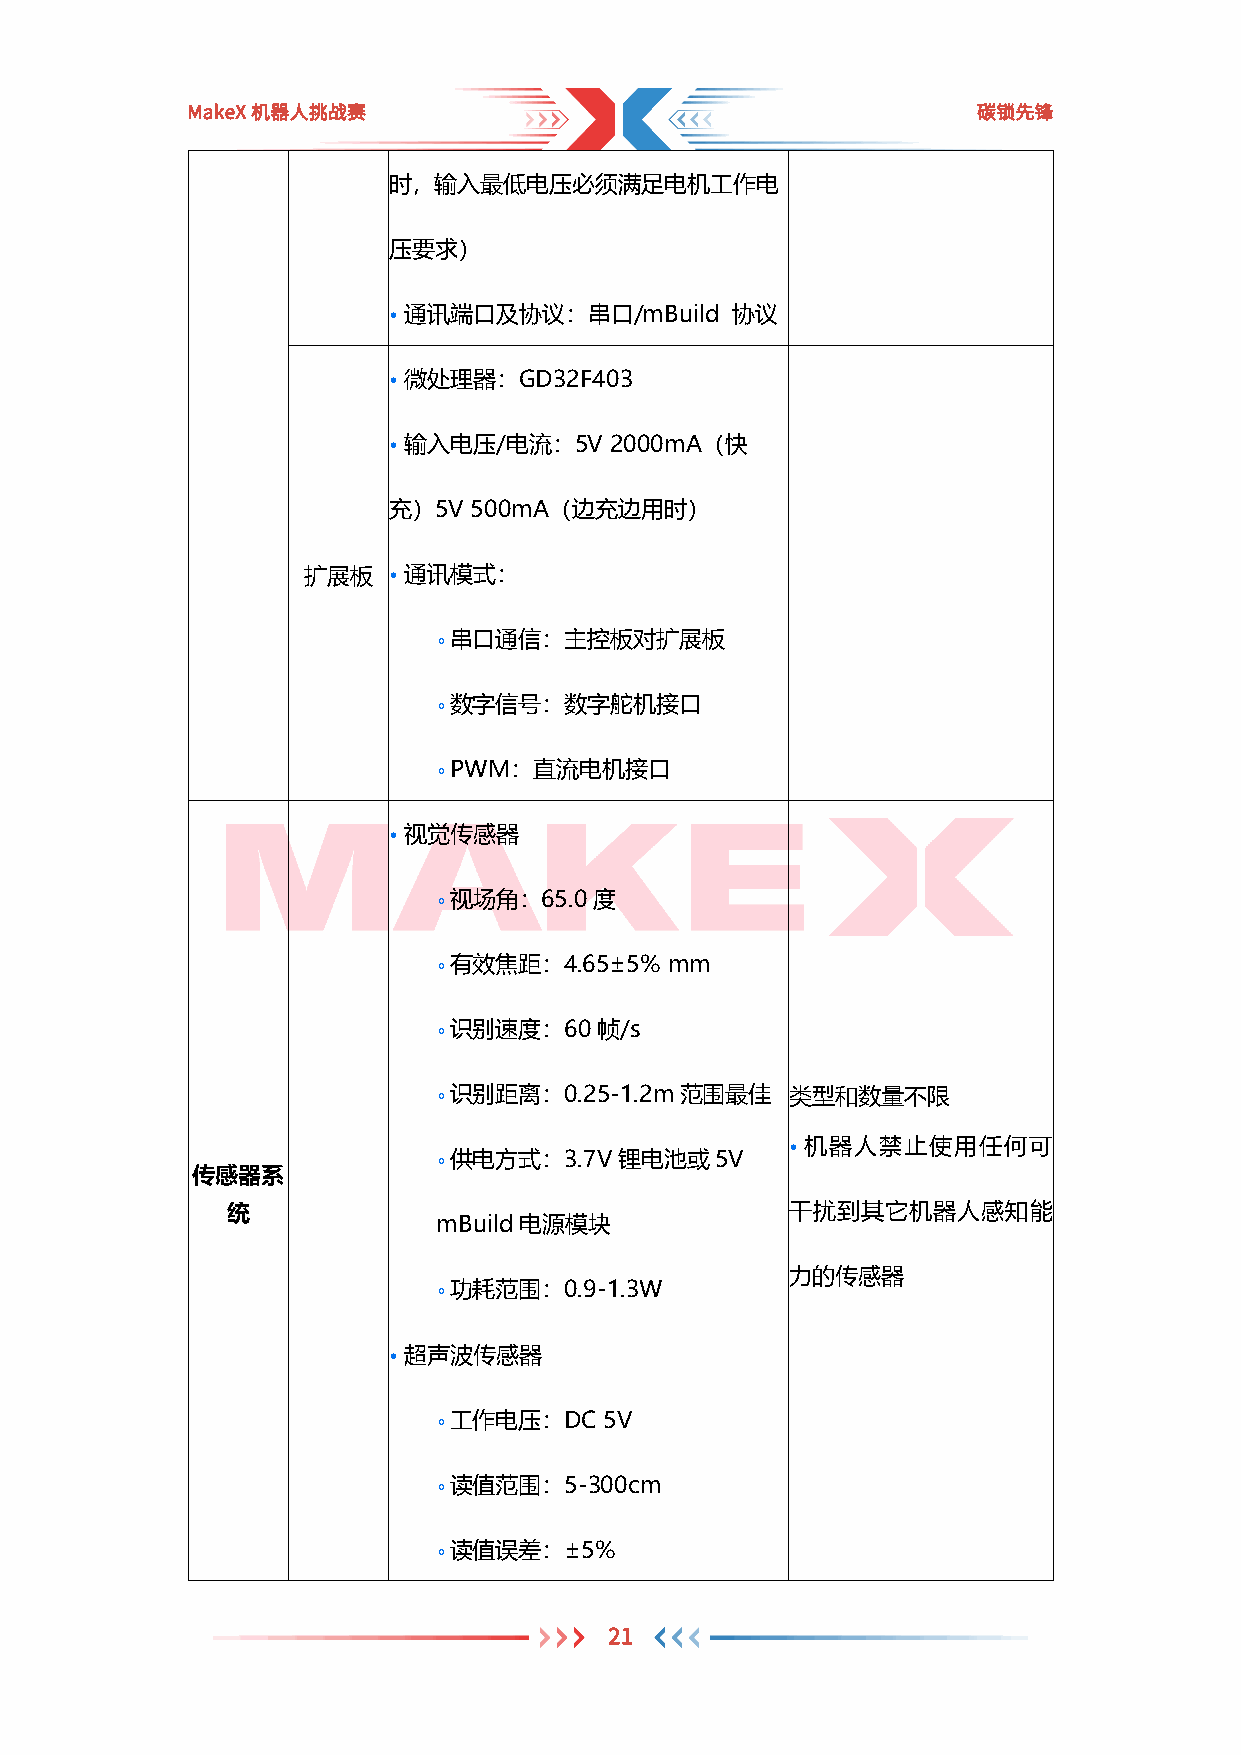
MakeX机器人挑战赛                                          碳锁先锋
 时，输入最低电压必须满足电机工作电
 压要求）
 • 通讯端口及协议：串口/mBuild   协议
 • 微处理器：GD32F403
 • 输入电压/电流：5V  2000mA（快
 充）5V 500mA（边充边用时）
 扩展板   • 通讯模式：
 ￮ 串口通信：主控板对扩展板
 ￮ 数字信号：数字舵机接口
 ￮ PWM：直流电机接口
 • 视觉传感器
 ￮ 视场角：65.0度
 ￮ 有效焦距：4.65±5% mm
 ￮ 识别速度：60帧/s
 ￮ 识别距离：0.25-1.2m范围最佳   类型和数量不限
 • 机器人禁止使用任何可
 ￮ 供电方式：3.7V锂电池或5V
 传感器系
 统                                    干扰到其它机器人感知能
 mBuild电源模块
 力的传感器
 ￮ 功耗范围：0.9-1.3W
 • 超声波传感器
 ￮ 工作电压：DC  5V
 ￮ 读值范围：5-300cm
 ￮ 读值误差：±5%
 21